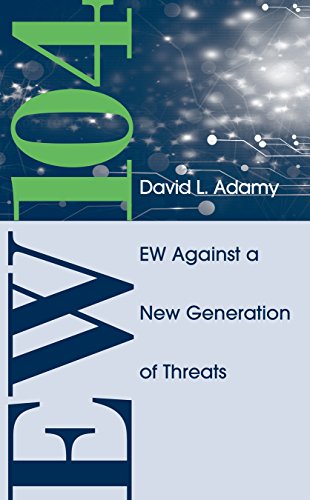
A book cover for EW 104: Electronic Warfare Against a New Generation of Threats (EW100); David L. Adamy; Engineering & Transportation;